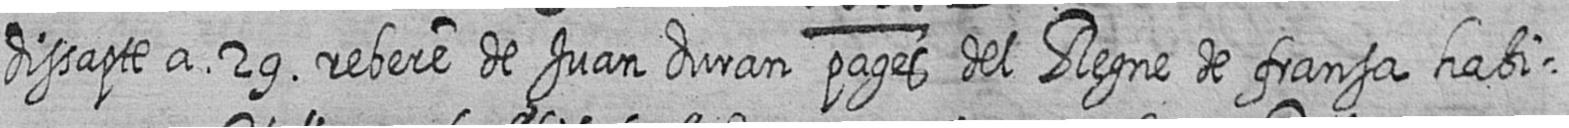
dissapte a 29 rebere de Juan duran pages del Regne de fransa habi=